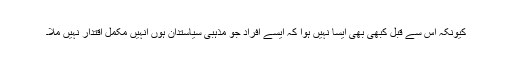
کیونکہ اس سے قبل کبھی بھی ایسا نہیں ہوا کہ ایسے افراد جو مذہبی سیاستدان ہوں انہیں مکمل اقتدار نہیں ملا۔